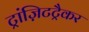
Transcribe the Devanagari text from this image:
ट्रांज़िटट्रैकर